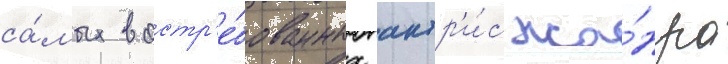
са́мых востр'е́бованных актр'и́с жа́нра